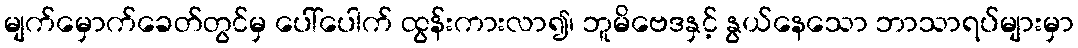
မျက်မှောက်ခေတ်တွင်မှ ပေါ်ပေါက် ထွန်းကားလာ၍၊ ဘူမိဗေဒနှင့် နွယ်နေသော ဘာသာရပ်များမှာ